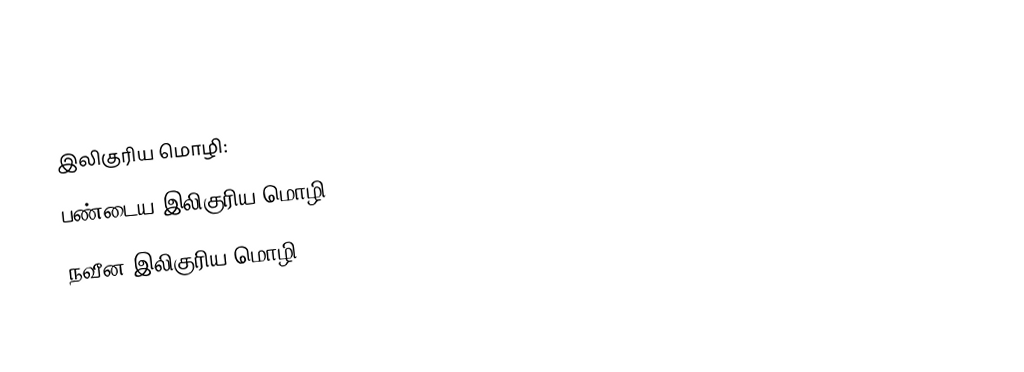
இலிகுரிய மொழி:
 பண்டைய இலிகுரிய மொழி.
 நவீன இலிகுரிய மொழி.